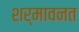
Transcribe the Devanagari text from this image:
शर्मावनत